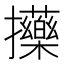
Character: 𢺇